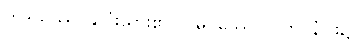
ဟဒယဿ၊ နှလုံးသား၏။ ဝါမပဿေ၊ လက်ဝဲနံပါး၌။